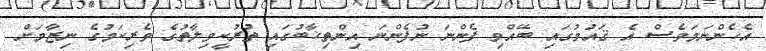
އެހެންނަމަވެސް އެ ޤައުމުގައި ބޭއްވި ފެންނަ ނުފެންނަ އިންތިޚާބުގައި ތުރުކީވިލާތުގެ ވެރިކަމުގެ ނިޒާމަށް